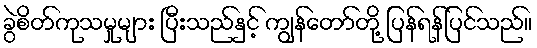
ခွဲစိတ်ကုသမှုများ ပြီးသည်နှင့် ကျွန်တော်တို့ ပြန်ရန်ပြင်သည်။